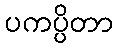
ပကပ္ပိတာ